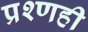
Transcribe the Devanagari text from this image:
प्रश्णही